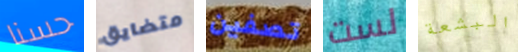
حسنا متضايق تصفين لست البشعة